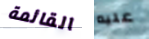
القائمة عليه